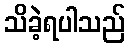
သိခဲ့ရပါသည်